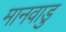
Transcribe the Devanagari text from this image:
मानवाडु